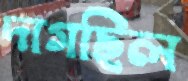
দাগছিল